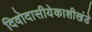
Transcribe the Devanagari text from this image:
दिवोदासीयेकाशीखंडे